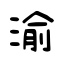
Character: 渝